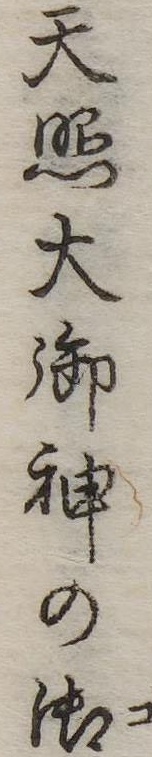
天照大御神の御